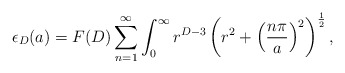
\begin{align*}\epsilon_{D}(a)=F(D)\sum_{n=1}^{\infty}\int^{\infty}_{0} r^{D-3}\left(r^{2}+\left(\frac{n\pi}{a}\right)^{2}\right)^{\frac{1}{2}},\end{align*}